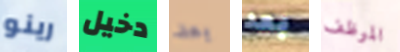
رينو دخيل بعد بعد الموظف